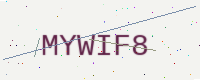
Text: MYWIF8